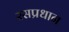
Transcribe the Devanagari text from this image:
रसप्रधान